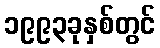
၁၉၉၃ခုနှစ်တွင်